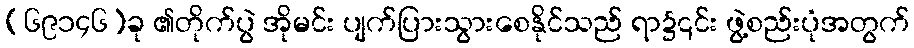
(၆၉၁၄၆)ခု ၏တိုက်ပွဲ အိုမင်း ပျက်ပြားသွားစေနိုင်သည် ရာ၌၎င်း ဖွဲ့စည်းပုံအတွက်